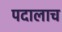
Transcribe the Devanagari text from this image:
पदालाच